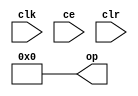
module sysgen_constant_ff57ff80b6 (
  output [(32 - 1):0] op,
  input clk,
  input ce,
  input clr);
  assign op = 32'b00000000000000000000000000000000;
endmodule